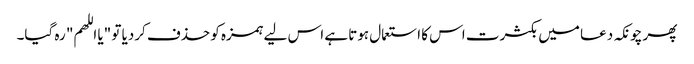
پھر چونکہ دعا میں بکثرت اس کا استعمال ہوتا ہے اس لیے ہمزہ کو حذف کردیا تو "یا اللھم" رہ گیا۔